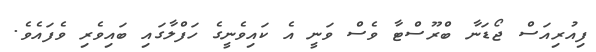
ފިއުރިއަސް ޖޯޑަނާ ބްރޫސްޓާ ވެސް ވަނީ އެ ކައިވެނީގެ ހަފްލާގައި ބައިވެރި ވެފައެވެ.